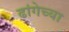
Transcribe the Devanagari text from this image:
ढांगेच्या